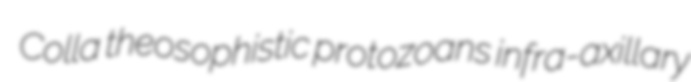
Colla theosophistic protozoans infra-axillary